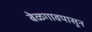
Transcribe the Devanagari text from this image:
बेळगावपासून